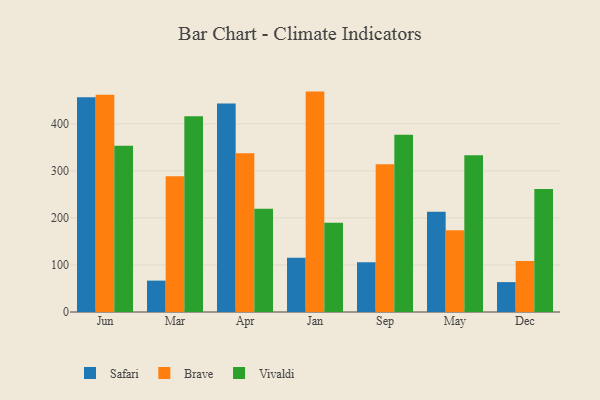
{"axis": {"x": "Month", "y": "Energy Usage (MWh)"}, "legend": ["Brave", "Safari", "Vivaldi"], "data": [{"x": "Jun", "y": 456.4, "type": "Safari"}, {"x": "Jun", "y": 461.7, "type": "Brave"}, {"x": "Jun", "y": 353.4, "type": "Vivaldi"}, {"x": "Mar", "y": 66.7, "type": "Safari"}, {"x": "Mar", "y": 288.5, "type": "Brave"}, {"x": "Mar", "y": 416.0, "type": "Vivaldi"}, {"x": "Apr", "y": 442.9, "type": "Safari"}, {"x": "Apr", "y": 337.4, "type": "Brave"}, {"x": "Apr", "y": 219.5, "type": "Vivaldi"}, {"x": "Jan", "y": 115.1, "type": "Safari"}, {"x": "Jan", "y": 468.4, "type": "Brave"}, {"x": "Jan", "y": 189.7, "type": "Vivaldi"}, {"x": "Sep", "y": 105.7, "type": "Safari"}, {"x": "Sep", "y": 313.8, "type": "Brave"}, {"x": "Sep", "y": 376.7, "type": "Vivaldi"}, {"x": "May", "y": 212.8, "type": "Safari"}, {"x": "May", "y": 173.8, "type": "Brave"}, {"x": "May", "y": 333.3, "type": "Vivaldi"}, {"x": "Dec", "y": 63.5, "type": "Safari"}, {"x": "Dec", "y": 108.5, "type": "Brave"}, {"x": "Dec", "y": 261.2, "type": "Vivaldi"}]}